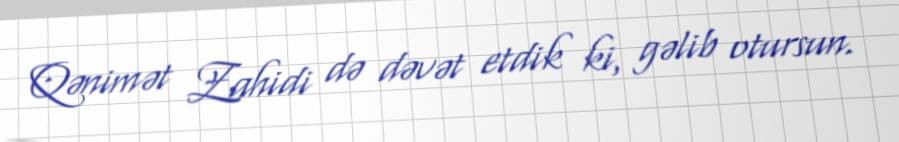
Qənimət Zahidi də dəvət etdik ki, gəlib otursun.